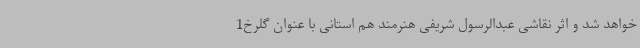
خواهد شد و اثر نقاشی عبدالرسول شریفی هنرمند هم استانی با عنوان گلرخ1